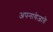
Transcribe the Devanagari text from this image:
अपनायेजाते